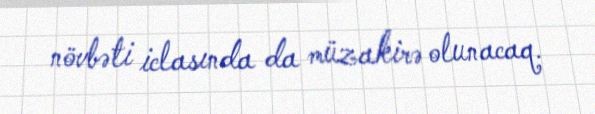
növbəti iclasında da müzakirə olunacaq.